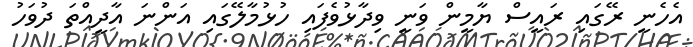
އެހެނީ ރޭގައި ރައީސް ޔާމީން ވަނީ ވިދާޅުވެފައި ހުޅުމާލޭގައި އަންނަ އާދީއްތަ ދުވަހު